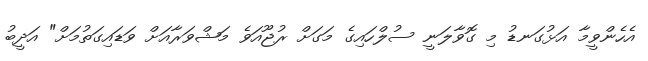
އެހެންވީމާ އަޅުގަނޑު މި ގޮވާލަނީ ސުލްހައިގެ މަގަށް ރުޖޫއަވެ މަޝްވަރާއަށް ވަޑައިގަތުމަށް" އަދީބު